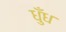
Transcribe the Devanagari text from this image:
धुँध